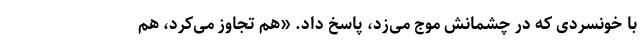
با خونسردی که در چشمانش موج می‌زد، پاسخ داد. «هم تجاوز می‌کرد، هم